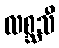
လစ္ဆသီ